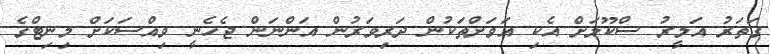
ގަތަރު އަމީރު ސްކޫލަށް އެކި އަވަށްތަކުން ދަރިވަރުން އަންނަން ޖެހެނީ ވިއްސަކަށް މިނިޓްގެ